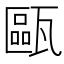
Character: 甌